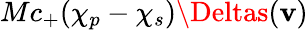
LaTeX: {Mc_{+}(\chi_{p}-\chi_{s})\Deltas(\mathbf{v})}